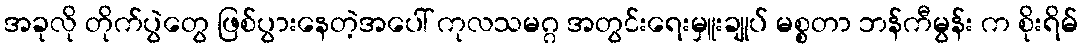
အခုလို တိုက်ပွဲတွေ ဖြစ်ပွားနေတဲ့အပေါ် ကုလသမဂ္ဂ အတွင်းရေးမှူးချုပ် မစ္စတာ ဘန်ကီမွန်း က စိုးရိမ်